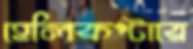
হেলিকপ্টারে